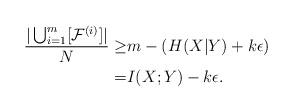
LaTeX: \begin{align*}\frac{|\bigcup_{i=1}^m[\mathcal{F}^{(i)}]|}{N}\ge& m-(H(X|Y)+k\epsilon)\\=&I(X;Y)-k\epsilon.\end{align*}